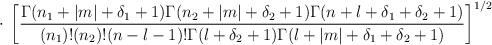
LaTeX: \begin{align*}\cdot \> \left[ \frac{\Gamma(n_1+|m|+\delta_1+1)\Gamma(n_2+|m|+\delta_2+1)\Gamma(n+l+\delta_1+\delta_2+1)}{(n_1)!(n_2)!(n-l-1)!\Gamma(l+\delta_2+1)\Gamma(l+|m|+\delta_1+\delta_2+1)} \right] ^{1/2}\end{align*}